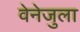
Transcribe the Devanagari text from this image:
वेनेजुला